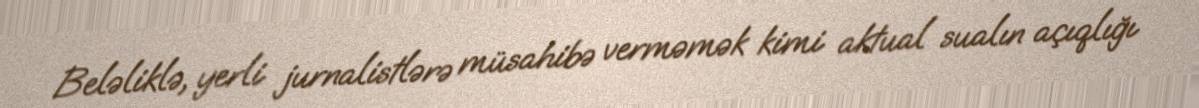
Beləliklə, yerli jurnalistlərə müsahibə verməmək kimi aktual sualın açıqlığı